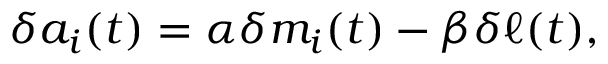
\delta a _ { i } ( t ) = \alpha \delta m _ { i } ( t ) - \beta \delta \ell ( t ) ,